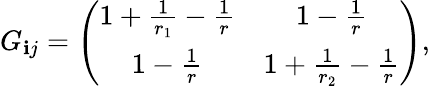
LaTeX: G_{\mathbf{i}j}=\left(\begin{array}{cc}{{1+\frac{1}{r_{1}}-\frac{1}{r}}}&{{1-\frac{1}{r}}}\\ {{1-\frac{1}{r}}}&{{1+\frac{1}{r_{2}}-\frac{1}{r}}}\end{array}\right),